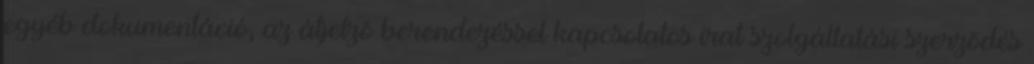
egyéb dokumentáció, az átjelzõ berendezéssel kapcsolatos irat szolgáltatási szerzõdés